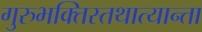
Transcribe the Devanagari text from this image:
गुरुभक्तिस्तथात्यान्ता